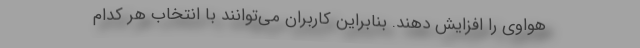
هواوی را افزایش دهند. بنابراین کاربران می‌توانند با انتخاب هر کدام